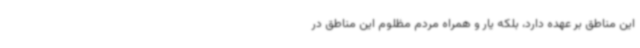
این مناطق بر عهده دارد، بلکه یار و همراه مردم مظلوم این مناطق در